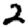
Digit: 2